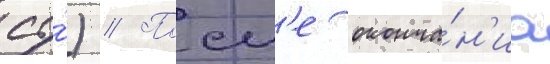
су́) // Посл'е оконча́н'иа